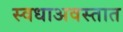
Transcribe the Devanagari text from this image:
स्वधाअवस्तात